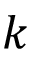
k